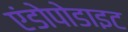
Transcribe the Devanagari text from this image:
एंडोपोडाइट